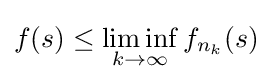
f(s)\leq \liminf _{k\to \infty }f_{n_{k}}(s)